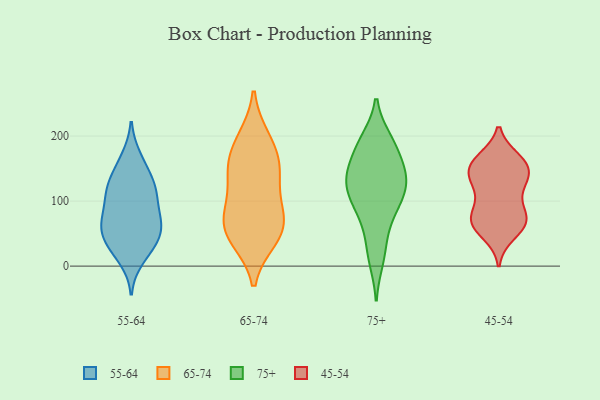
{"axis": {"x": "Active Users", "y": "Value"}, "legend": ["45-54", "55-64", "65-74", "75+"], "data": [{"x": "", "y": 120, "type": "55-64"}, {"x": "", "y": 125, "type": "55-64"}, {"x": "", "y": 131, "type": "55-64"}, {"x": "", "y": 167, "type": "55-64"}, {"x": "", "y": 75, "type": "55-64"}, {"x": "", "y": 60, "type": "55-64"}, {"x": "", "y": 37, "type": "55-64"}, {"x": "", "y": 96, "type": "55-64"}, {"x": "", "y": 63, "type": "55-64"}, {"x": "", "y": 63, "type": "55-64"}, {"x": "", "y": 108, "type": "55-64"}, {"x": "", "y": 73, "type": "55-64"}, {"x": "", "y": 25, "type": "55-64"}, {"x": "", "y": 11, "type": "55-64"}, {"x": "", "y": 118, "type": "55-64"}, {"x": "", "y": 48, "type": "55-64"}, {"x": "", "y": 158, "type": "55-64"}, {"x": "", "y": 34, "type": "55-64"}, {"x": "", "y": 70, "type": "65-74"}, {"x": "", "y": 195, "type": "65-74"}, {"x": "", "y": 148, "type": "65-74"}, {"x": "", "y": 99, "type": "65-74"}, {"x": "", "y": 148, "type": "65-74"}, {"x": "", "y": 52, "type": "65-74"}, {"x": "", "y": 146, "type": "65-74"}, {"x": "", "y": 186, "type": "65-74"}, {"x": "", "y": 50, "type": "65-74"}, {"x": "", "y": 79, "type": "65-74"}, {"x": "", "y": 43, "type": "65-74"}, {"x": "", "y": 106, "type": "75+"}, {"x": "", "y": 103, "type": "75+"}, {"x": "", "y": 10, "type": "75+"}, {"x": "", "y": 127, "type": "75+"}, {"x": "", "y": 129, "type": "75+"}, {"x": "", "y": 132, "type": "75+"}, {"x": "", "y": 192, "type": "75+"}, {"x": "", "y": 148, "type": "75+"}, {"x": "", "y": 79, "type": "75+"}, {"x": "", "y": 192, "type": "75+"}, {"x": "", "y": 138, "type": "75+"}, {"x": "", "y": 83, "type": "75+"}, {"x": "", "y": 175, "type": "75+"}, {"x": "", "y": 108, "type": "75+"}, {"x": "", "y": 20, "type": "75+"}, {"x": "", "y": 194, "type": "75+"}, {"x": "", "y": 164, "type": "75+"}, {"x": "", "y": 139, "type": "75+"}, {"x": "", "y": 52, "type": "75+"}, {"x": "", "y": 131, "type": "45-54"}, {"x": "", "y": 75, "type": "45-54"}, {"x": "", "y": 65, "type": "45-54"}, {"x": "", "y": 125, "type": "45-54"}, {"x": "", "y": 161, "type": "45-54"}, {"x": "", "y": 49, "type": "45-54"}, {"x": "", "y": 164, "type": "45-54"}, {"x": "", "y": 62, "type": "45-54"}, {"x": "", "y": 156, "type": "45-54"}, {"x": "", "y": 101, "type": "45-54"}, {"x": "", "y": 139, "type": "45-54"}, {"x": "", "y": 74, "type": "45-54"}, {"x": "", "y": 75, "type": "45-54"}, {"x": "", "y": 70, "type": "45-54"}, {"x": "", "y": 152, "type": "45-54"}, {"x": "", "y": 128, "type": "45-54"}, {"x": "", "y": 158, "type": "45-54"}]}